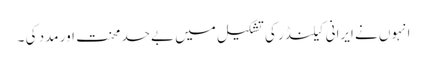
انہوں نے ایرانی کیلنڈر کی تشکیل میں بےحد محنت اور مدد کی ۔